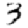
Digit: 3